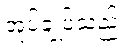
အုပ်ချုပ်သည်။